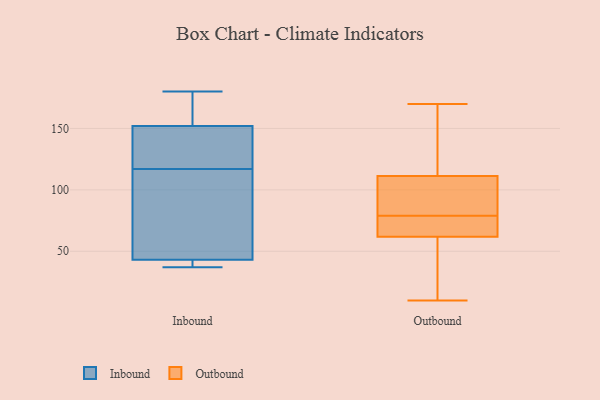
{"axis": {"x": "Temperature (°C)", "y": "Value"}, "legend": ["Inbound", "Outbound"], "data": [{"x": "", "y": 178, "type": "Inbound"}, {"x": "", "y": 37, "type": "Inbound"}, {"x": "", "y": 37, "type": "Inbound"}, {"x": "", "y": 105, "type": "Inbound"}, {"x": "", "y": 138, "type": "Inbound"}, {"x": "", "y": 180, "type": "Inbound"}, {"x": "", "y": 152, "type": "Inbound"}, {"x": "", "y": 43, "type": "Inbound"}, {"x": "", "y": 129, "type": "Inbound"}, {"x": "", "y": 96, "type": "Inbound"}, {"x": "", "y": 18, "type": "Outbound"}, {"x": "", "y": 100, "type": "Outbound"}, {"x": "", "y": 83, "type": "Outbound"}, {"x": "", "y": 72, "type": "Outbound"}, {"x": "", "y": 10, "type": "Outbound"}, {"x": "", "y": 71, "type": "Outbound"}, {"x": "", "y": 154, "type": "Outbound"}, {"x": "", "y": 135, "type": "Outbound"}, {"x": "", "y": 170, "type": "Outbound"}, {"x": "", "y": 65, "type": "Outbound"}, {"x": "", "y": 79, "type": "Outbound"}, {"x": "", "y": 64, "type": "Outbound"}, {"x": "", "y": 83, "type": "Outbound"}, {"x": "", "y": 81, "type": "Outbound"}, {"x": "", "y": 61, "type": "Outbound"}, {"x": "", "y": 146, "type": "Outbound"}, {"x": "", "y": 30, "type": "Outbound"}, {"x": "", "y": 57, "type": "Outbound"}, {"x": "", "y": 115, "type": "Outbound"}]}